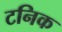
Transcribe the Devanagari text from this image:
टनिक